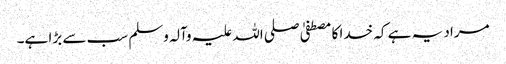
مراد یہ ہے کہ خدا کا مصطفیٰ صلی اللہ علیہ وآلہ وسلم سب سے بڑا ہے۔